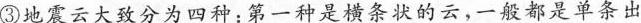
③地震云大致分为四种；第一种是横条状的云，一般都是单条出